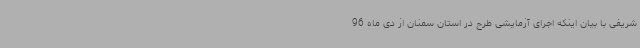
شریفی با بیان اینکه اجرای آزمایشی طرح در استان سمنان از دی ماه 96